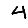
Digit: 4